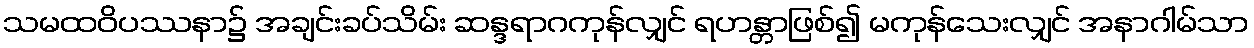
သမထဝိပဿနာ၌ အချင်းခပ်သိမ်း ဆန္ဒရာဂကုန်လျှင် ရဟန္တာဖြစ်၍ မကုန်သေးလျှင် အနာဂါမ်သာ